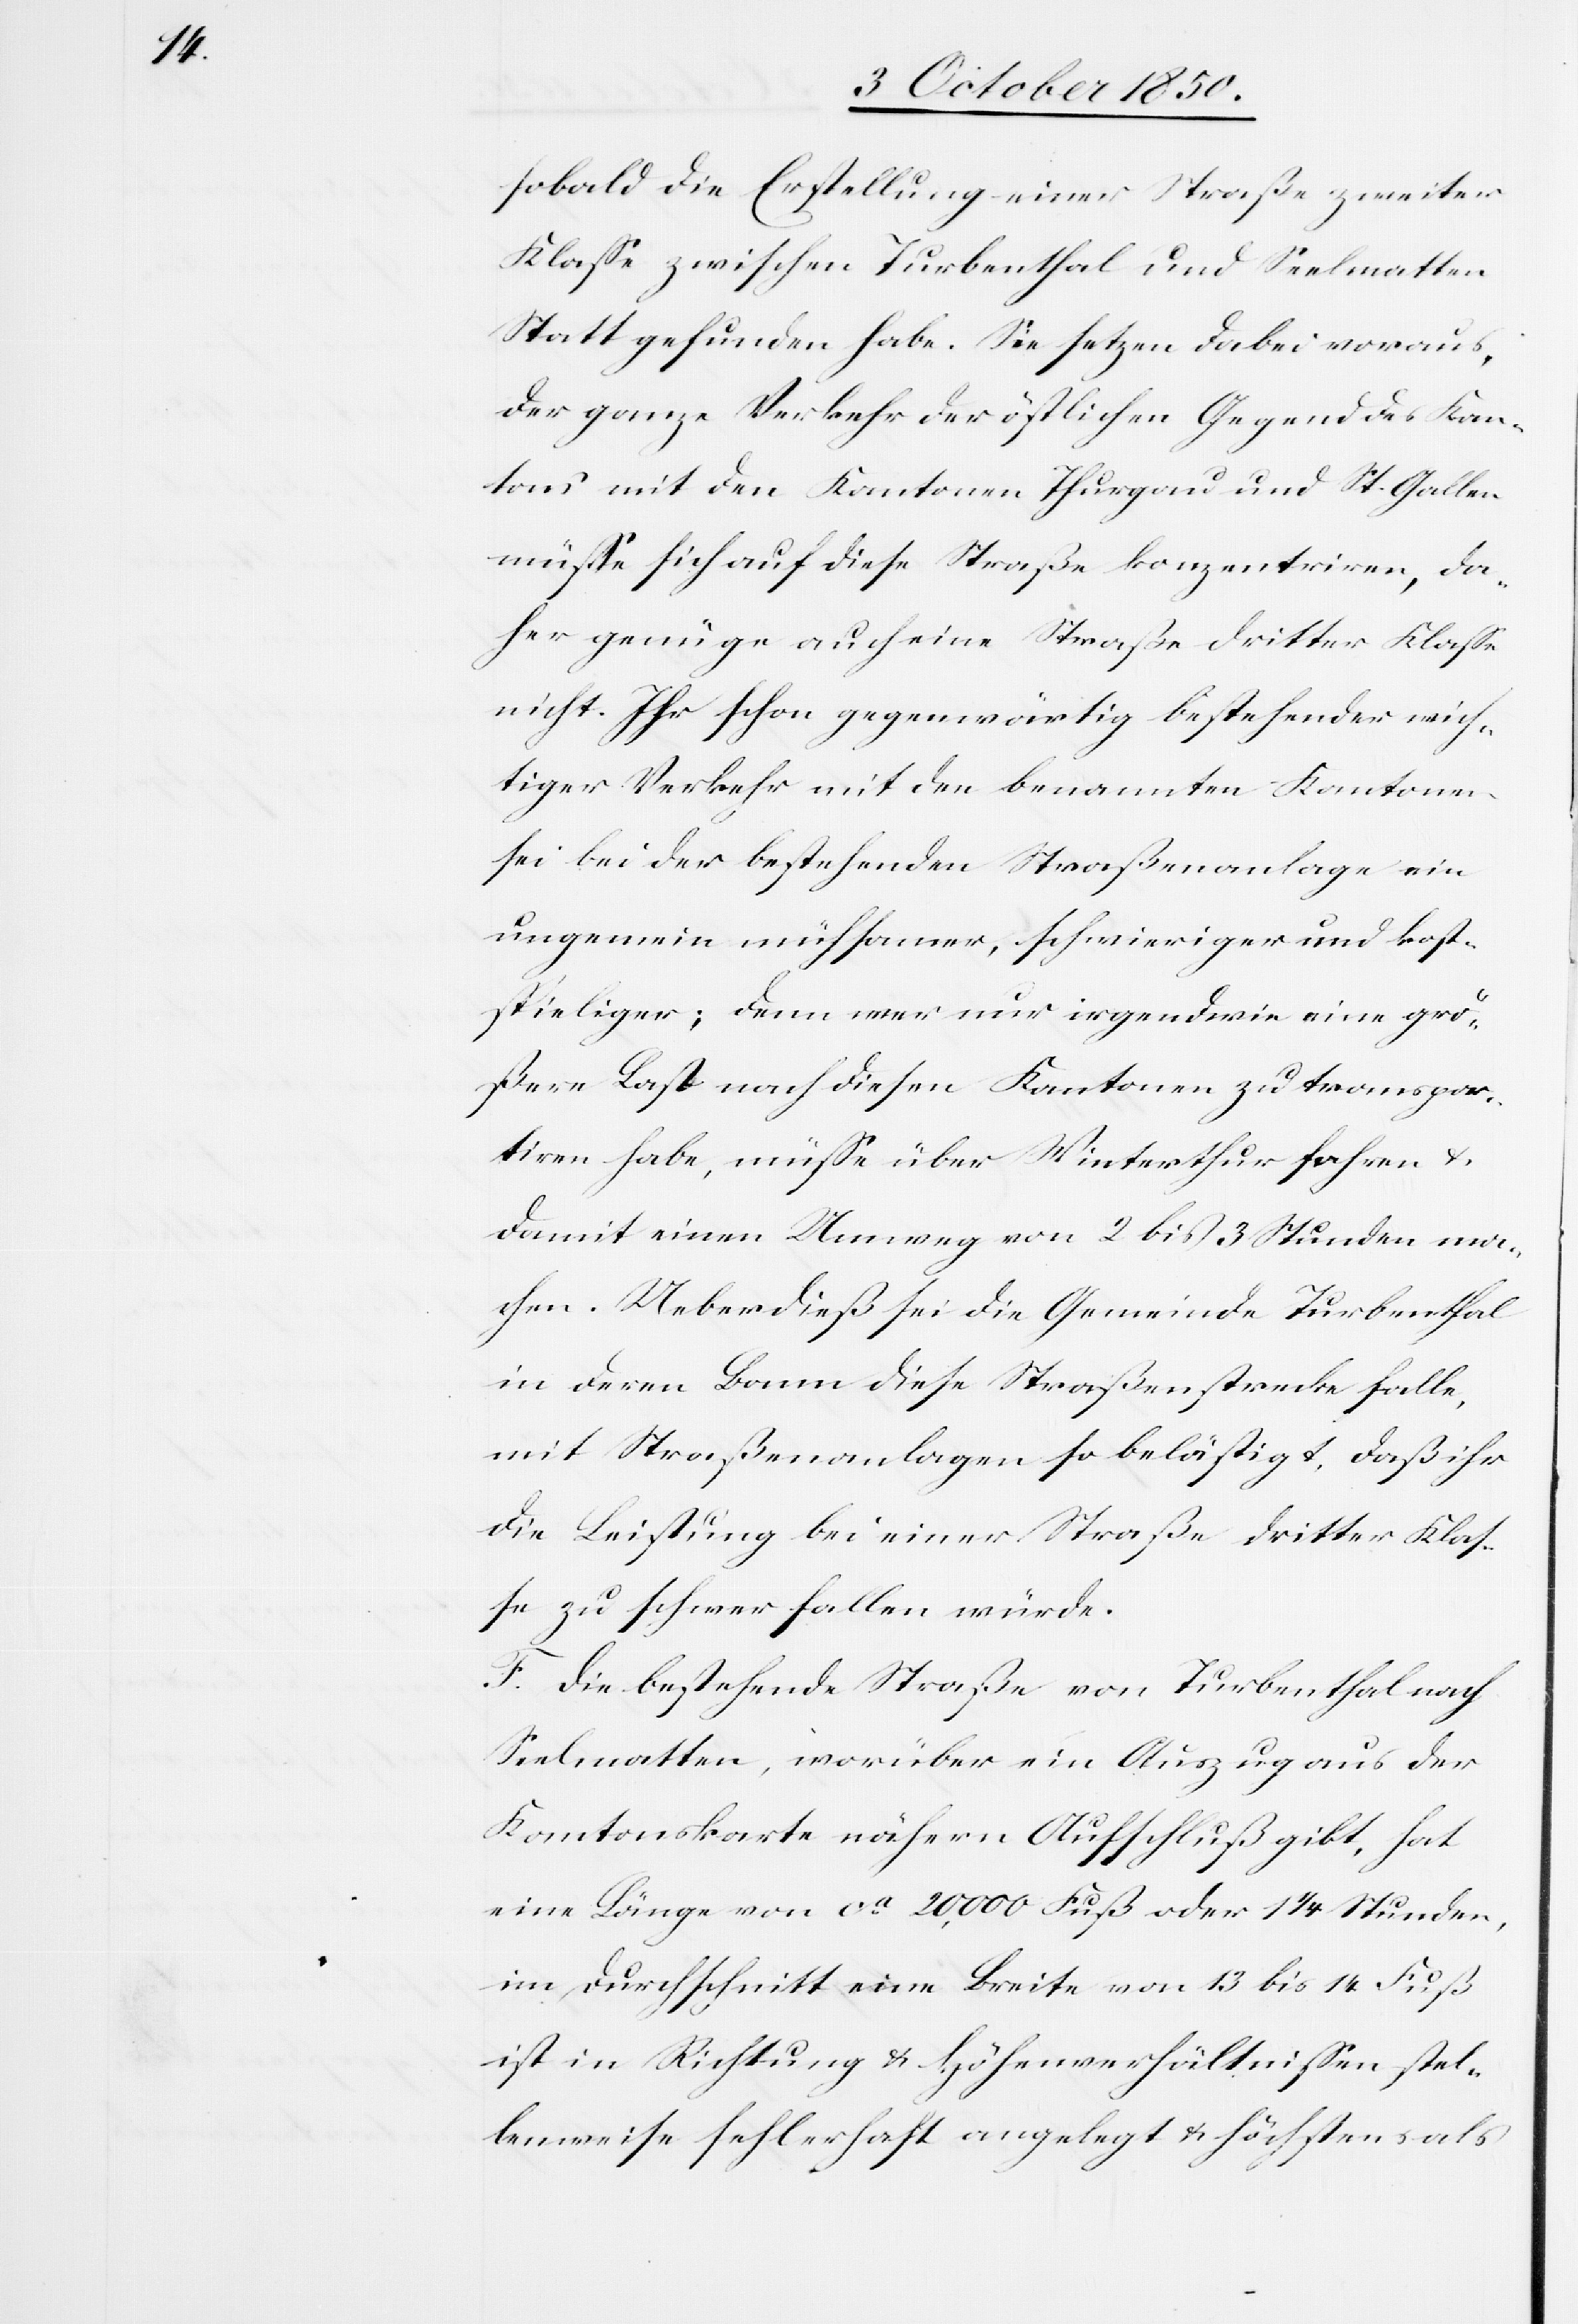
sobald die Erstellung einer Straße zweiter
Klasse zwischen Turbenthal und Seelmatten
Statt gefunden habe. Sie setzen dabei voraus,
der ganze Verkehr der östlichen Gegend des Kan¬
tons mit den Kantonen Thurgau und St. Gallen
müsse sich auf diese Straße konzentriren, da¬
her genüge auch eine Straße dritter Klasse
nicht. Ihr schon gegenwärtig bestehender wich¬
tiger Verkehr mit den benannten Kantonen
sei bei der bestehenden Straßenanlage ein
ungemein mühsamer, schwieriger und kost¬
spieliger; denn wer nur irgendwie eine grö¬
ßere Last nach diesen Kantonen zu transpor¬
tiren habe, müsse über Winterthur fahren &
damit einen Umweg von 2 bis 3 Stunden ma¬
chen. Ueberdieß sei die Gemeinde Turbenthal
in deren Bann diese Straßenstrecke falle,
mit Straßenanlagen so belästigt, daß ihr
die Leistung bei einer Straße dritter Klas¬
se zu schwer fallen würde.
F. Die bestehende Straße von Turbenthal nach
Seelmatten, vorüber ein Auszug aus der
Kantonskarte nähern Aufschluß gibt, hat
eine Länge von ca 20,000 Fuß oder 1 ¼ Stunden,
im Durchschnitt eine Breite von 13 bis 14 Fuß
ist in Richtung & Höhenverhältnissen stel¬
lenweise fehlerhaft angelegt & höchstens als